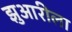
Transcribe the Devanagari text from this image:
झुआरीला